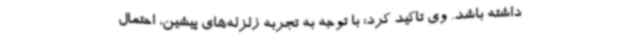
داشته باشد. وی تاکید کرد: با توجه به تجربه زلزله‌های پیشین، احتمال